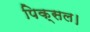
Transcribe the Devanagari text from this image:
पिक्सल।